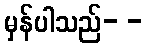
မှန်ပါသည်- -